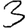
Digit: 3